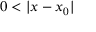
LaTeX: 0 < | x - x _ { 0 } |